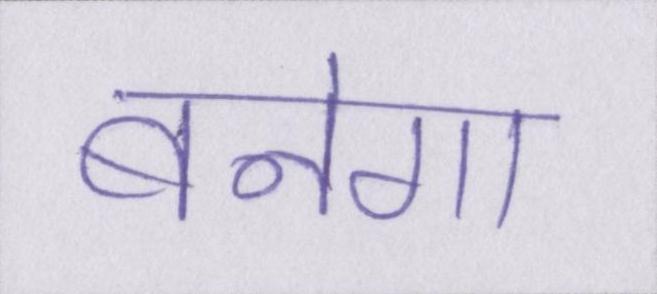
बनेगा